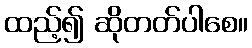
ထည့်၍ ဆိုတတ်ပါစေ။